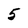
Character: 5